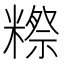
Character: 𬖴